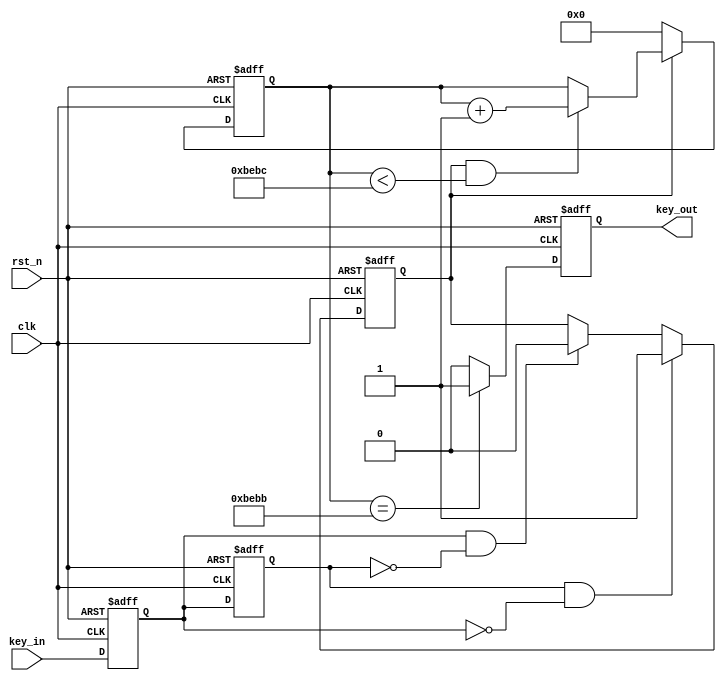
`timescale 1ns / 1ps
//////////////////////////////////////////////////////////////////////////////////
// Module Name: key_filter
// Description: , 
//////////////////////////////////////////////////////////////////////////////////


module key_filter
#(parameter FREQ   = 28'd25_000_000) // 
    (
        input   wire        clk     ,
        input   wire        rst_n   ,
        input   wire        key_in  ,
        
        output  reg         key_out  //
    );
    
    reg  [18:0] cnt             ;
    wire [18:0] cnt_max         ; //cnt
    
    //
    reg         key_in_d1       ;
    reg         key_in_d2       ;
    
    //
    wire        key_in_fall     ;
    wire        key_in_raise    ;
    
    //
    reg         cnt_act         ;
    
    //cnt/512, 2ms
    assign cnt_max = FREQ[27:9] ;
    
    //
    always@(posedge clk or negedge rst_n) begin
        if(~rst_n) begin
            key_in_d1 <= 1'b1;  //
            key_in_d2 <= 1'b1;
        end else begin
            key_in_d1 <= key_in;
            key_in_d2 <= key_in_d1;
        end
    end
    
    //key_in_fall
    assign key_in_fall = key_in_d2 & (~key_in_d1);
    
    //key_in_raise
    assign key_in_raise = key_in_d1 & (~key_in_d2);
    
    //cnt_act
    always@(posedge clk or negedge rst_n) begin
        if(~rst_n) begin
            cnt_act <= 1'b0;
        end else if(key_in_fall) begin  //
            cnt_act <= 1'b1;
        end else if(key_in_raise) begin //
            cnt_act <= 1'b0;
        end else begin
            cnt_act <= cnt_act;
        end
    end
    
    //cnt
    always@(posedge clk or negedge rst_n) begin
        if(~rst_n) begin
            cnt <= 19'd0;
        end else if(~cnt_act) begin //0
            cnt <= 19'd0;
        end else if(cnt_act && cnt < cnt_max) begin
            cnt <= cnt + 19'd1;
        end else begin
            cnt <= cnt;
        end
    end
    
    //key_out
    always@(posedge clk or negedge rst_n) begin
        if(~rst_n) begin
            key_out <= 1'b0;
        end else if(cnt == (cnt_max - 19'd1)) begin
            key_out <= 1'b1;
        end else begin
            key_out <= 1'b0;
        end
    end
    
endmodule